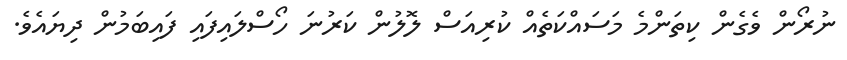
ނުރޯން ވެގެން ކިތަންމެ މަސައްކަތެއް ކުރިއަސް ލޮލުން ކަރުނަ ހޯސްލައިފައި ފައިބަމުން ދިޔައެވެ.